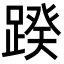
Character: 䠏